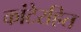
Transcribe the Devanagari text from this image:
कांटेरहित